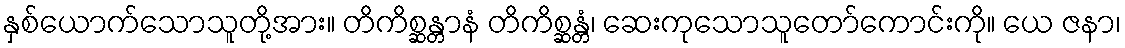
နှစ်ယောက်သောသူတို့အား။ တိကိစ္ဆန္တာနံ တိကိစ္ဆန္တံ၊ ဆေးကုသောသူတော်ကောင်းကို။ ယေ ဇနာ၊